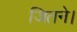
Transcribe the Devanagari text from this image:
जितने।